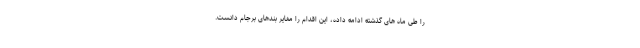
را طی ماه های گذشته ادامه داده، این اقدام را مغایر بندهای برجام دانست.